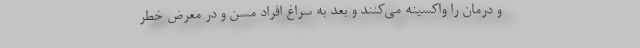
و درمان را واکسینه می‌کنند و بعد به سراغ افراد مسن و در معرض خطر